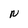
Character: N